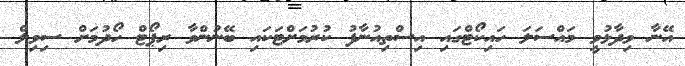
އޭނާ ވިދާޅުވީ މައްސަލަ ހައިކޯޓްގައި އިސްތިއުނާފު ކުރުމަށްޓަކައި ބޭނުންވާ ރިޕޯޓް ހޯދުމަށް ސިވިލް